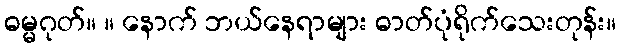
ဓမ္မဂုတ်။ ။ နောက် ဘယ်နေရာများ ဓာတ်ပုံရိုက်သေးတုန်း။